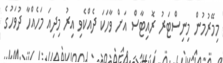
މިމޭރުމުން މިނިސްޓަރު ރޮއިޓާސް އަށް ވާހަކަ ދެއްކެވި އިރު މިދިއަ މަހެއްހާ ދުވަހުގެ